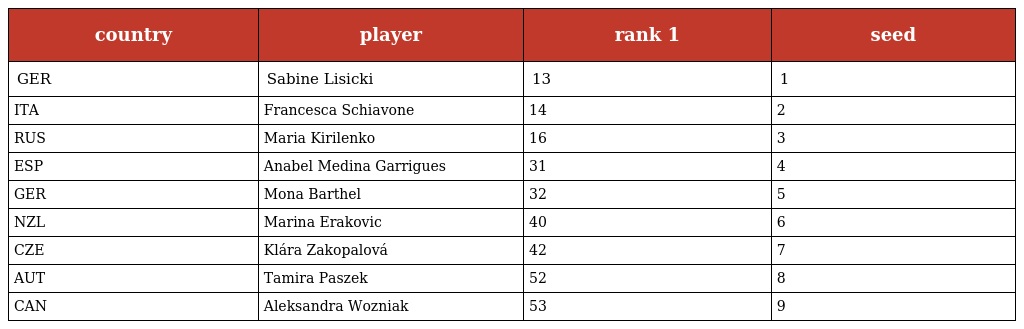
| country | player | rank 1 | seed |
 | --- | --- | --- | --- |
 | GER | Sabine Lisicki | 13 | 1 |
 | ITA | Francesca Schiavone | 14 | 2 |
 | RUS | Maria Kirilenko | 16 | 3 |
 | ESP | Anabel Medina Garrigues | 31 | 4 |
 | GER | Mona Barthel | 32 | 5 |
 | NZL | Marina Erakovic | 40 | 6 |
 | CZE | Klára Zakopalová | 42 | 7 |
 | AUT | Tamira Paszek | 52 | 8 |
 | CAN | Aleksandra Wozniak | 53 | 9 |